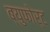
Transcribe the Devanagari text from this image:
ब्युफोर्ट